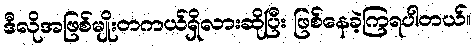
ဒီလိုအဖြစ်မျိုးတကယ်ရှိလားဆိုပြီး ဖြစ်နေခဲ့ကြရပါတယ်။